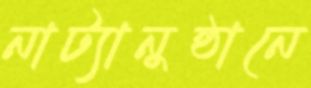
নাট্যানুষ্ঠানে